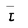
Character: I